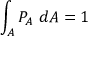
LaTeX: \int _ { A } P _ { A } ~ d A = 1